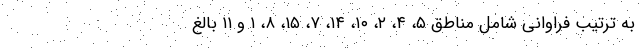
به ترتیب فراوانی شامل مناطق ۵، ۴، ۲، ۱۰، ۱۴، ۷، ۱۵، ۸، ۱ و ۱۱ بالغ